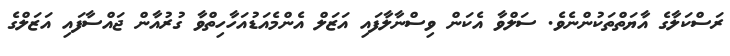
ރަސްކަލާގެ އާޔަތްތަކުންނެވެ. ސަލްވާ އެކަން ވިސްނާލާފައި އަޒަލް އެންމެއަޑުއަހާހިތްވާ ގުރުއާން ޖައްސާފައި އަޒަލްގެ